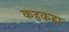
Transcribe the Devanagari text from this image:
कहकहा